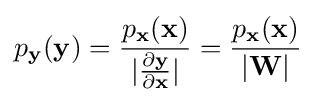
p_{\mathbf {y} }(\mathbf {y} )={\frac {p_{\mathbf {x} }(\mathbf {x} )}{|{\frac {\partial \mathbf {y} }{\partial \mathbf {x} }}|}}={\frac {p_{\mathbf {x} }(\mathbf {x} )}{|\mathbf {W} |}}